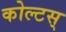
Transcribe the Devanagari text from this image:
कोल्टस्